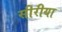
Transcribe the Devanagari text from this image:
सीरीया